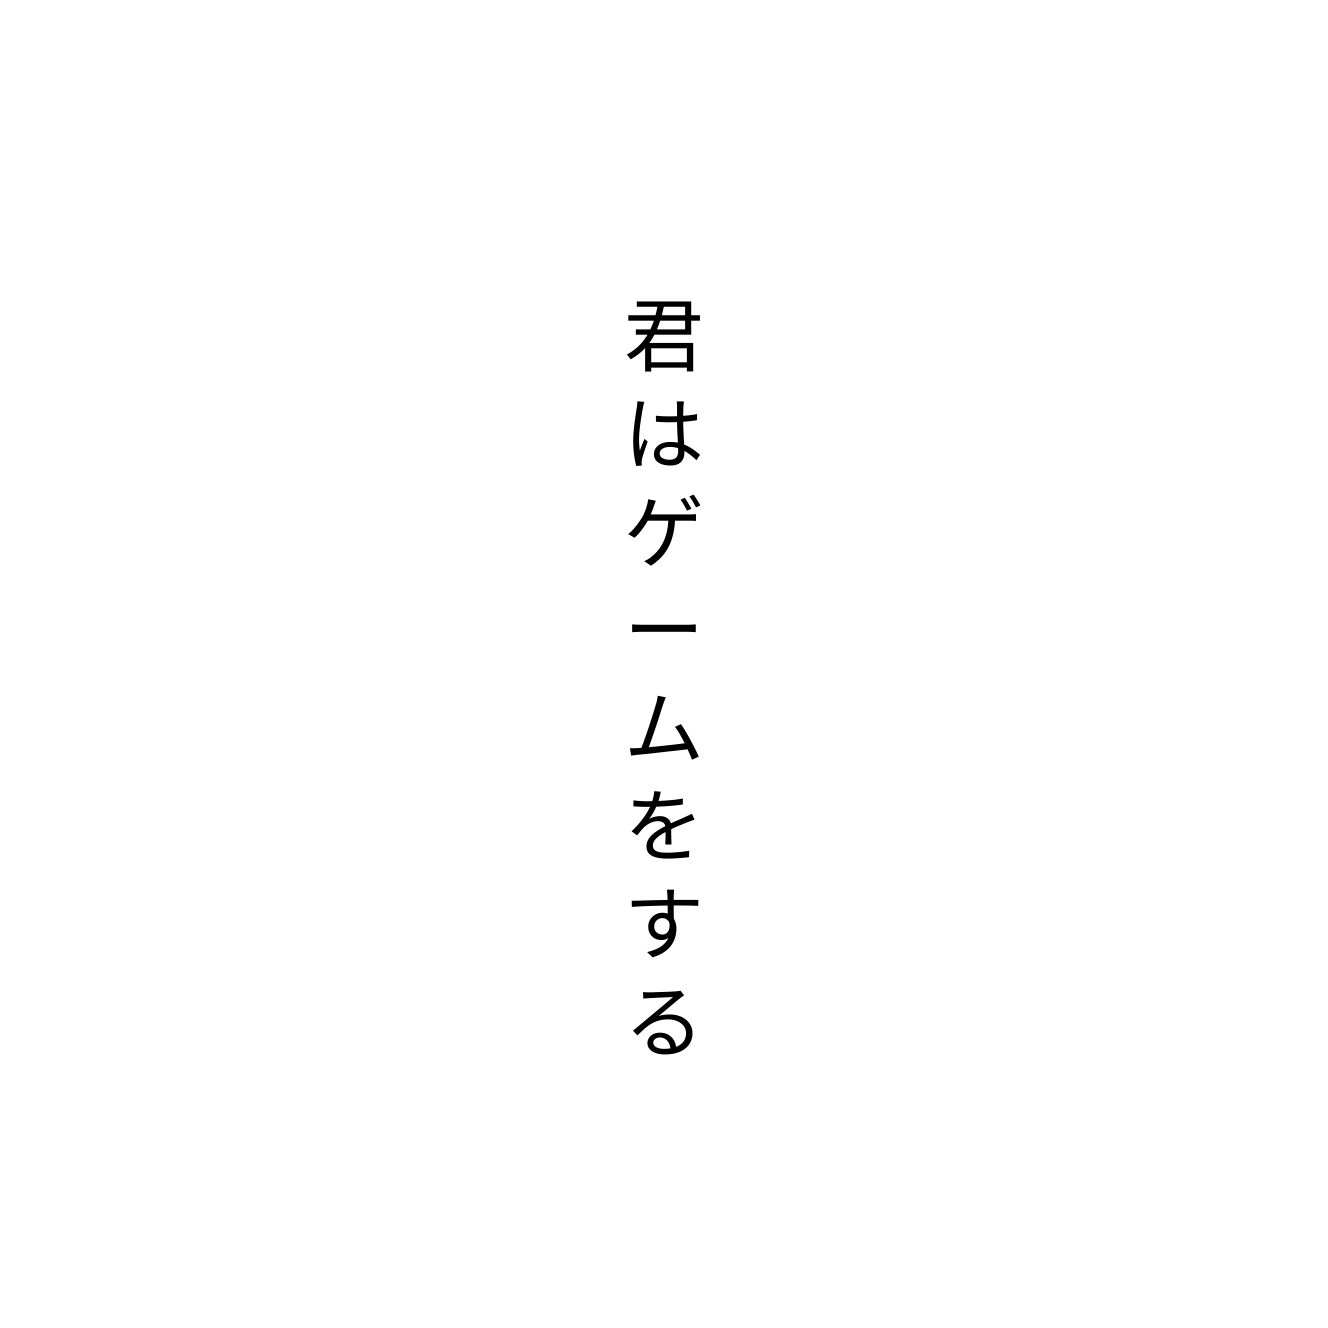
君はゲームをする